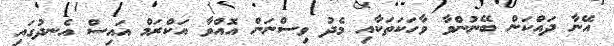
އޭނާ ދައްކަން ބޭނުންވާ ވާހަކަތަކާއި މެދު ވިސްނަން އޮއްވާ އަކްރަމް އައިސް އެނދުގައި